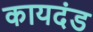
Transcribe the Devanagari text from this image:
कायदंड